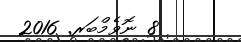
8 ނޮވެމްބަރ